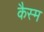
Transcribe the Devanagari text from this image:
कैस्म